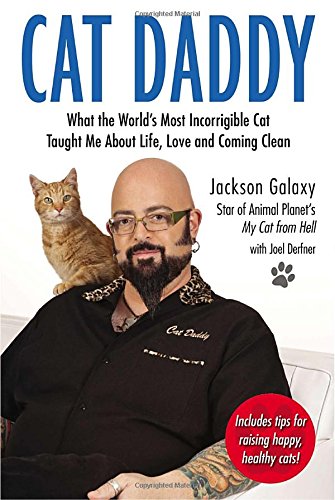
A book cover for Cat Daddy: What the World's Most Incorrigible Cat Taught Me About Life, Love, and Coming Cl ean; Jackson Galaxy; Crafts, Hobbies & Home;